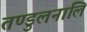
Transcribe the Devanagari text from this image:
तण्डुलनालि